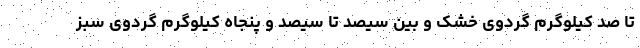
تا صد کیلوگرم گردوی خشک و بین سیصد تا سیصد و پنجاه کیلوگرم گردوی سبز